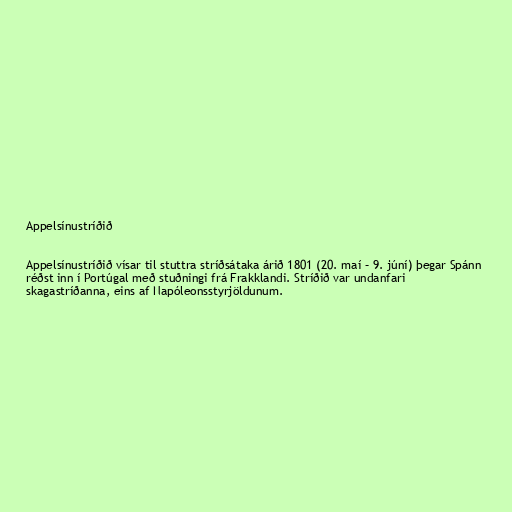
Appelsínustríðið

Appelsínustríðið vísar til stuttra stríðsátaka árið 1801 (20. maí – 9. júní) þegar Spánn
réðst inn í Portúgal með stuðningi frá Frakklandi. Stríðið var undanfari
skagastríðanna, eins af Napóleonsstyrjöldunum.